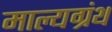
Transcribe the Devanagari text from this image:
माल्यग्रंथ